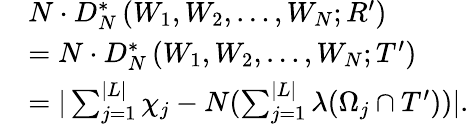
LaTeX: \begin{array}{rl}&{N\cdot D_{N}^{*}\left(W_{1},W_{2},\ldots,W_{N};R^{\prime}\right)}\\ &{=N\cdot D_{N}^{*}\left(W_{1},W_{2},\ldots,W_{N};T^{\prime}\right)}\\ &{=|\sum_{j=1}^{|L|}\chi_{j}-N(\sum_{j=1}^{|L|}\lambda(\Omega_{j}\cap T^{\prime}))|.}\end{array}